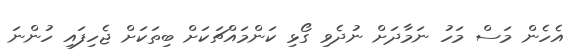
އެހެން މަސް މަހު ނަމާދަށް ނުދެވި ގޯޅި ކަންމައްޗަކަށް ބިތަކަށް ޖެހިފައި ހުންނަ